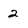
Character: 2